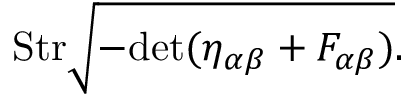
\mathrm { S t r } \sqrt { - \mathrm { d e t } ( \eta _ { \alpha \beta } + F _ { \alpha \beta } ) } .